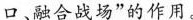
口、融合战场”的作用。